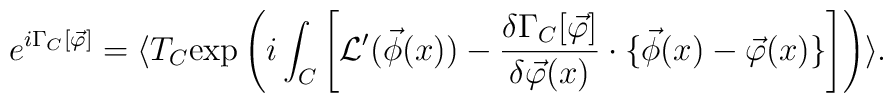
e^{i \Gamma_C [\vec{\varphi}]} = \langle T_C \mbox{exp} \left( i \int_C \left[ {\cal L}' (\vec{\phi} (x)) - \frac{\delta \Gamma_C [ \vec{\varphi}]}{\delta \vec{\varphi} (x)} \cdot \{ \vec{\phi} (x) - \vec{\varphi} (x) \} \right] \right) \rangle .